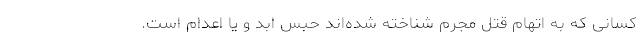
کسانی که به اتهام قتل مجرم شناخته شده‌اند حبس ابد و یا اعدام است.